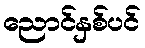
ညောင်နှစ်ပင်